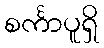
စင်္ကာပူရှိ